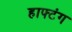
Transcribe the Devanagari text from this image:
हाफ्टंग